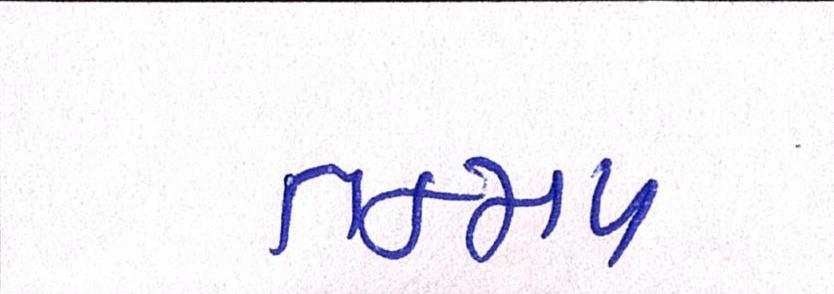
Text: તન્મય